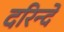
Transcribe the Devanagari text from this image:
दरिन्दे